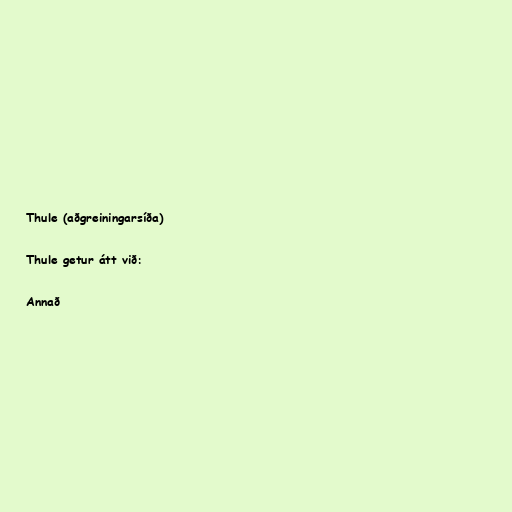
Thule (aðgreiningarsíða)

Thule getur átt við:

Annað